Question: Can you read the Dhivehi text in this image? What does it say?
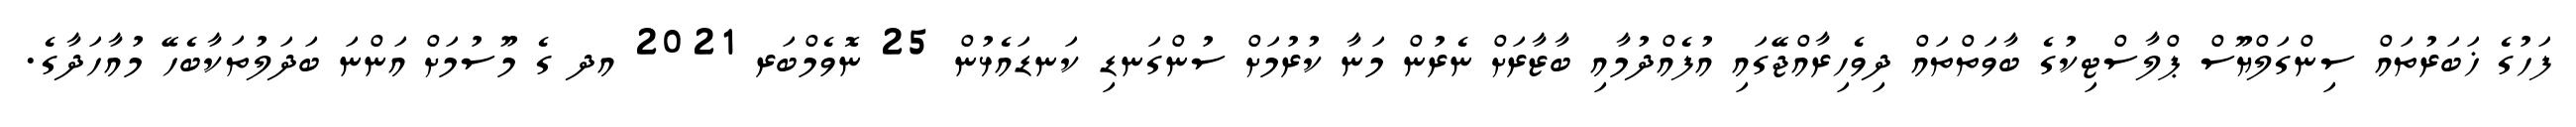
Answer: ފަހުގެ ޚަބަރުތައް ސިންގަލްޔޫސް ޕްލާސްޓިކުގެ ބާވަތްތައް ދިވެހިރާއްޖޭގައި އުފެއްދުމާއި ބާޒާރަށް ނެރުން މަނާ ކުރުމަށް ސުންގަނޑި ކަނޑައެޅުން 25 ނޮވެމްބަރ 2021 އދ ގެ މޫސުމަށް އަންނަ ބަދަލުތަކާބެހޭ މުއާހަދާގެ.